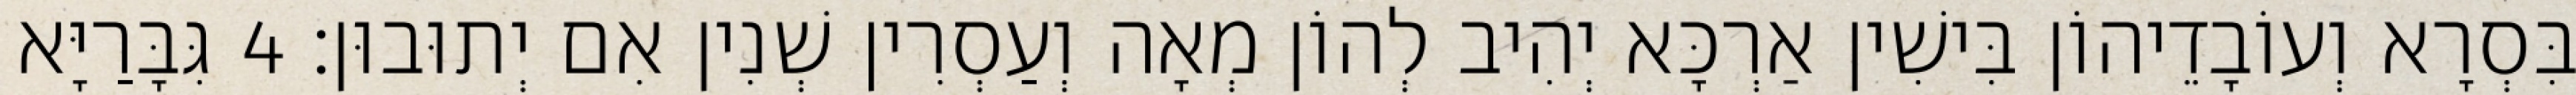
בִּסְרָא וְעוֹבָדֵיהוֹן בִּישִׁין אַרְכָּא יְהִיב לְהוֹן מְאָה וְעַסְרִין שְׁנִין אִם יְתוּבוּן׃ 4 גִּבָּרַיָּא